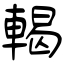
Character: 輵